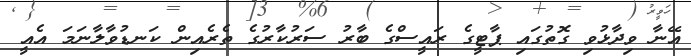
އޭނާ ވިދާޅުވި ގޮތުގައި ޕާޓީގެ ރައީސްގެ ބާރު ސަރުކާރުގެ ތެރެއިން ކަނޑުވާލާނަމަ އެއީ